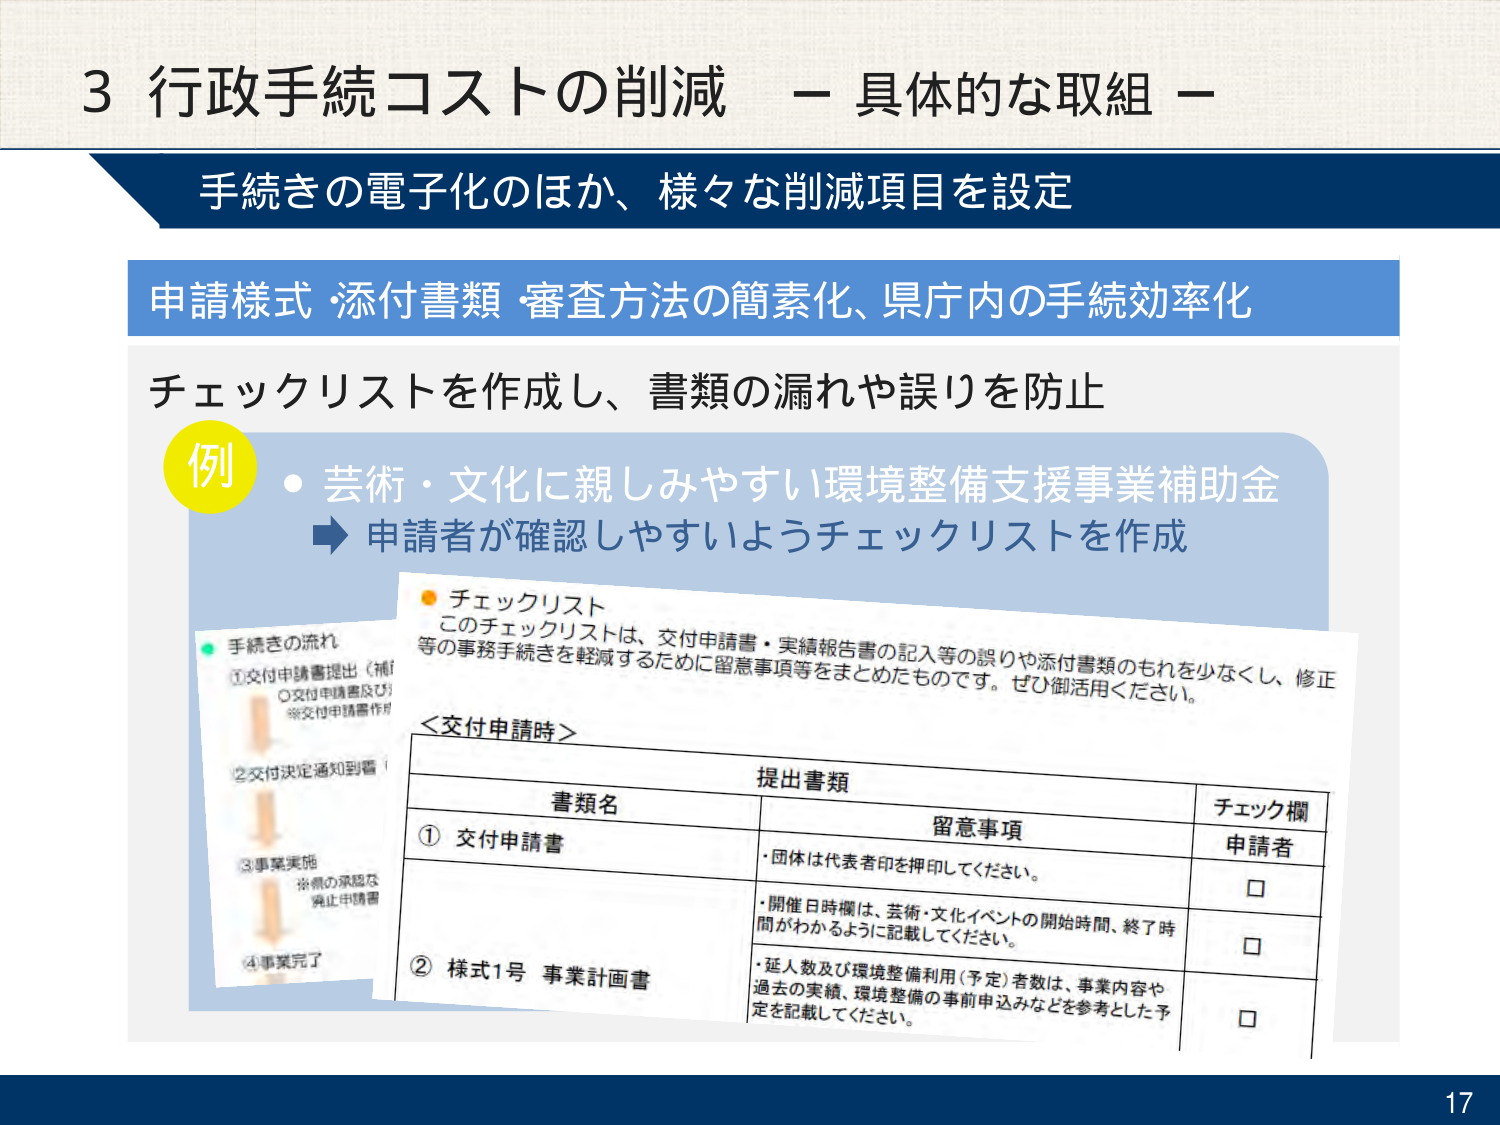
3 行政手続コストの削減 － 具体的な取組 －

手続きの電子化のほか、様々な削減項目を設定

申請様式・添付書類・審査方法の簡素化、県庁内の手続効率化

チェックリストを作成し、書類の漏れや誤りを防止

例
・芸術・文化に親しみやすい環境整備支援事業補助金
　→ 申請者が確認しやすいようチェックリストを作成

チェックリスト
このチェックリストは、交付申請書・実績報告書の記入等の誤りや添付書類のもれを少なくし、修正等の事務手続きを軽減するために留意事項等をまとめたものです。ぜひ御活用ください。

＜交付申請時＞

提出書類

書類名